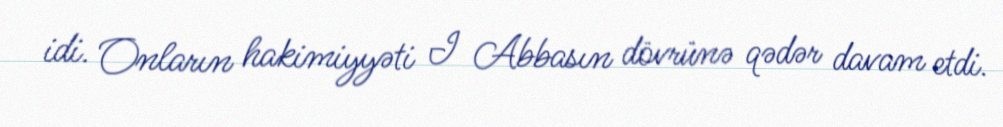
idi. Onların hakimiyyəti I Abbasın dövrünə qədər davam etdi.